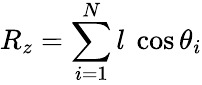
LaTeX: R_{z}=\sum_{i=1}^{N}l{\mathrm{~}}\cos\theta_{i}